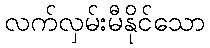
လက်လှမ်းမီနိုင်သော